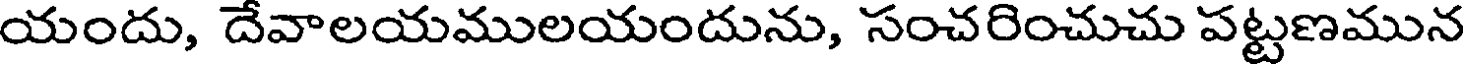
యందు, దేవాలయములయందును, సంచరించుచు పట్టణమున